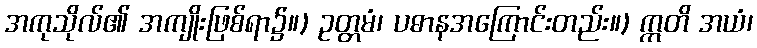
အကုသိုလ်၏ အကျိုးဖြစ်ရာ၌။) ဥတ္တမံ၊ ပဓာနအကြောင်းတည်း။) ဣတိ အယံ၊